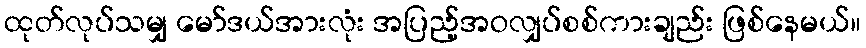
ထုတ်လုပ်သမျှ မော်ဒယ်အားလုံး အပြည့်အဝလျှပ်စစ်ကားချည်း ဖြစ်နေမယ်။